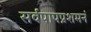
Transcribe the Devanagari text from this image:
सर्वपापप्रशमनं